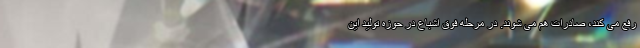
رفع می کند، صادرات هم می شوند. در مرحله فوق اشباع در حوزه تولید این